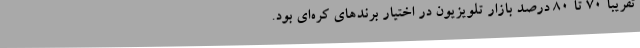
تقریبا 70 تا 80 درصد بازار تلویزیون در اختیار برندهای کره‌ای بود.